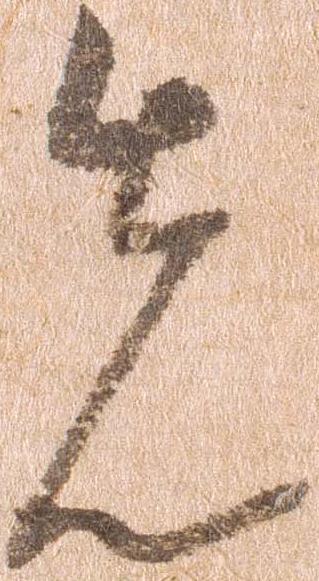
先